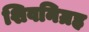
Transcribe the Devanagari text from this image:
शिवनिग्रह